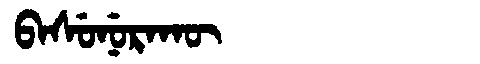
Manchu: ᠪᠠᠰᡠᠨᡠᡵᠠᡴᡡ
Romanization: BASUNURAKŪ